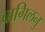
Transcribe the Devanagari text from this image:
बागिलनु